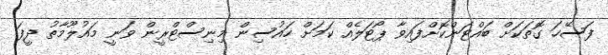
ފަސޭހަ ގޮތަކަށް ބައްޓަންކޮށްފައިވާ ޕޯޓަލެއް ކަމަށް ހައުސިން މިނިސްޓްރީން ވަނީ މައުލޫމާތު ދީފަ